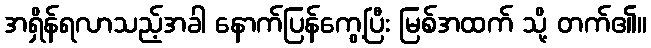
အရှိန်ရလာသည့်အခါ နောက်ပြန်ကွေ့ပြီး မြစ်အထက် သို့ တက်၏။